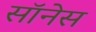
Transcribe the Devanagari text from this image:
सॉनेस